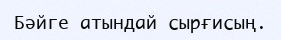
Бәйге атындай сырғисың.